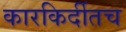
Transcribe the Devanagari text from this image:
कारकिर्दीतच